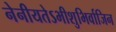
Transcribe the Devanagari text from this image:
नेनीयतेऽभीशुभिर्वाजिन